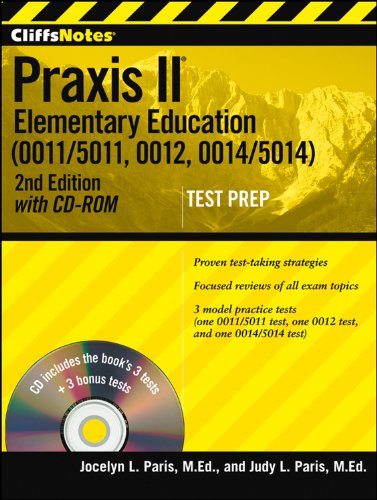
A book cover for CliffsNotes Praxis II Elementary Education (0011/5011, 0012, 0014/5014) with CD-ROM, Second Edition; Judy L Paris; Test Preparation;